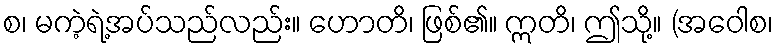
စ၊ မကဲ့ရဲ့အပ်သည်လည်း။ ဟောတိ၊ ဖြစ်၏။ ဣတိ၊ ဤသို့။ (အဝေါစ၊